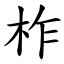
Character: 柞